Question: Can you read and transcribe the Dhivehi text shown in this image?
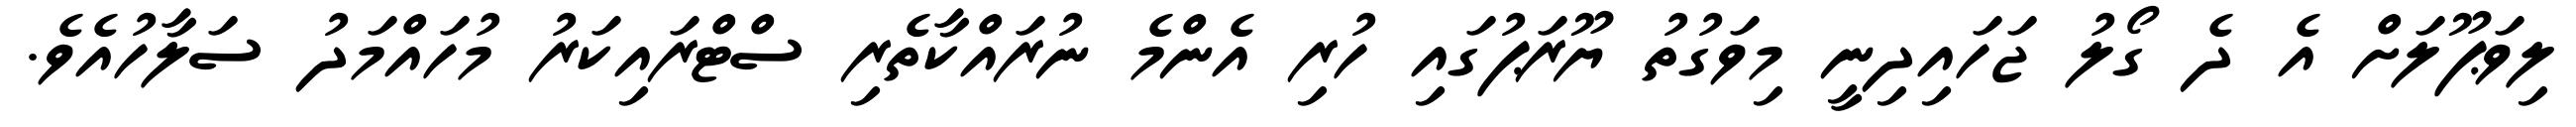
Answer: ލިވަޕޫލަށް އެ ދެ ގޯލު ޖަހައިދިނީ މިވަގުތު ޔޫރަޕުގައި ހުރި އެންމެ ނުރައްކާތެރި ސްޓްރައިކަރު މުހައްމަދު ސަލާހުއެވެ.